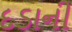
દડાની